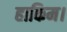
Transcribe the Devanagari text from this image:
हाकिम।